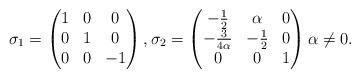
LaTeX: \begin{align*}\sigma_{1}=\begin{pmatrix}\-1&0&0\\0&1&0\\0&0&-1\end{pmatrix},\sigma_{2} = \begin{pmatrix}-\frac{1}{2}&\alpha&0\\-\frac{3}{4\alpha}&-\frac{1}{2}&0\\0&0&1\end{pmatrix} \alpha \neq 0.\end{align*}